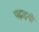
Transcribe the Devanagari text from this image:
पढ़ाइयों